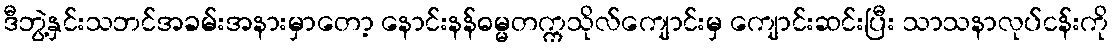
ဒီဘွဲ့နှင်းသဘင်အခမ်းအနားမှာတော့ နောင်းနန်ဓမ္မတက္ကသိုလ်ကျောင်းမှ ကျောင်းဆင်းပြီး သာသနာလုပ်ငန်းကို